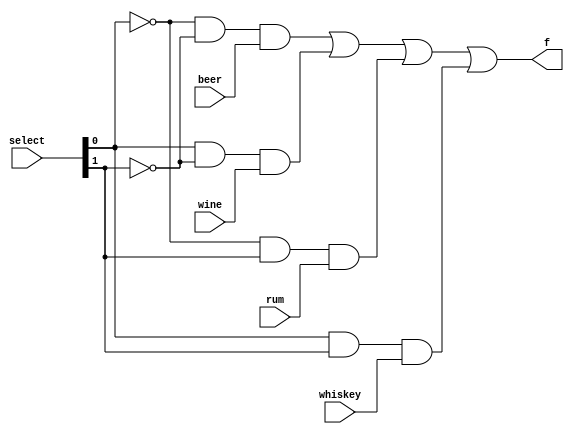
// John Hubbard, 24 Oct 2014
// hw5 assignment for Verilog 0764 class: Problem 4.4.3: Liquid dispenser MUX
//

// Structural Verilog version, as required by the problem statement:

module whiskey_mux(select, beer, wine, rum, whiskey, f);
    input [1:0]select;
    input beer, wine, rum, whiskey;
    output f;

    wire x0, x1, x2, x3;
    wire [1:0]not_select;

    not nSel0(not_select[0:0], select[0:0]);
    not nSel1(not_select[1:1], select[1:1] );

    and a0(x0, not_select[0:0], not_select[1:1], beer);
    and a1(x1, select[0:0],     not_select[1:1], wine);
    and a2(x2, not_select[0:0], select[1:1] ,    rum);
    and a3(x3, select[0:0],     select[1:1] ,    whiskey);

    or f0(f, x0, x1, x2, x3);
endmodule